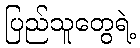
ပြည်သူတွေရဲ့